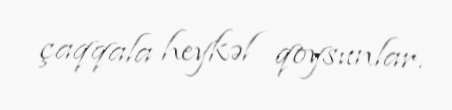
çaqqala heykəl qoysunlar.